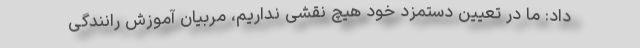
داد: ما در تعیین دستمزد خود هیچ نقشی نداریم، مربیان آموزش رانندگی